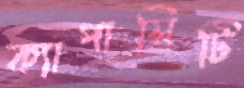
ক্যাপাসিটি